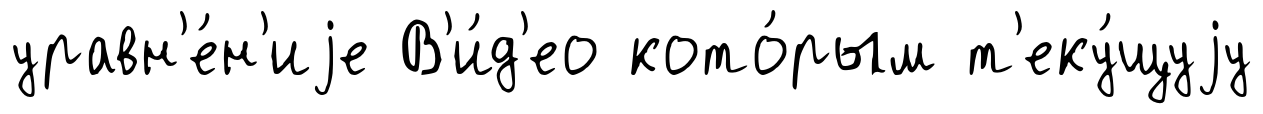
уравн'е́н'иjе В'и́д'ео кото́рым т'еку́щуjу